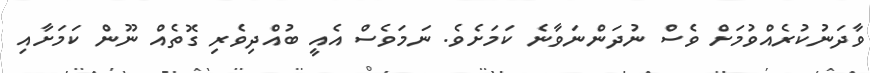
ވާދަނުކުރެއްވުމަށް ވެސް ނުދަންނަވާނެ ކަމަށެވެ. ނަމަވެސް އެއީ ބުއްދިވެރި ގޮތެއް ނޫން ކަމަށާއި